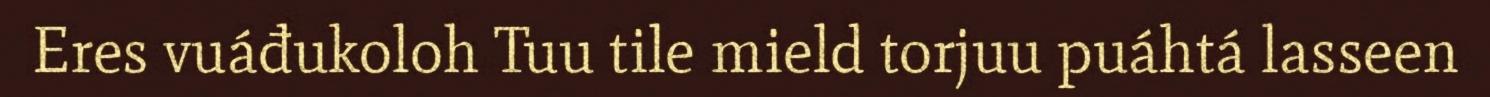
Eres vuáđukoloh Tuu tile mield torjuu puáhtá lasseen